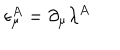
LaTeX: \epsilon _ { \mu } ^ { A } = \partial _ { \mu } \lambda ^ { A }